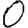
Digit: 0